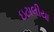
ઇટાલીયા